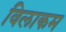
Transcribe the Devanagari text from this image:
विलाकम